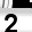
Digit: 2